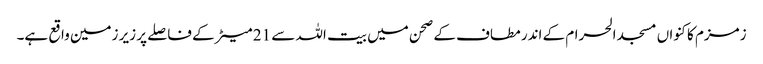
زمزم کا کنواں مسجد الحرام کے اندر مطاف کے صحن میں بیت اللہ سے 21 میٹر کے فاصلے پر زیر زمین واقع ہے۔